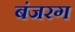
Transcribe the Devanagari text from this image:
बंजरग